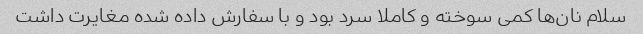
سلام نان‌ها کمی سوخته و کاملا سرد بود و با سفارش داده شده مغایرت داشت